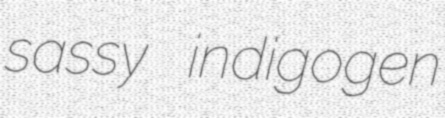
sassy indigogen